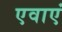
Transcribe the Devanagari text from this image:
एवाएं